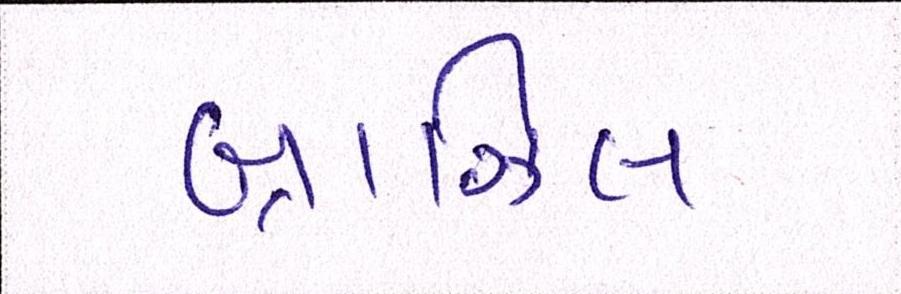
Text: બ્રાઝિલ